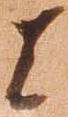
者